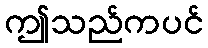
ဤသည်ကပင်